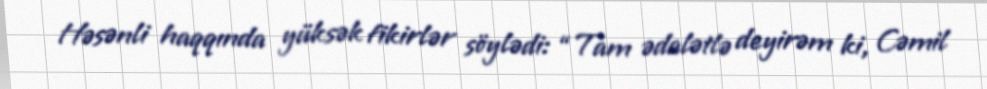
Həsənli haqqında yüksək fikirlər söylədi: “Tam ədalətlə deyirəm ki, Cəmil